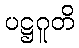
ပဋ္ဌဂူတိ